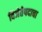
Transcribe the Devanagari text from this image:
विजेतेपदाचा